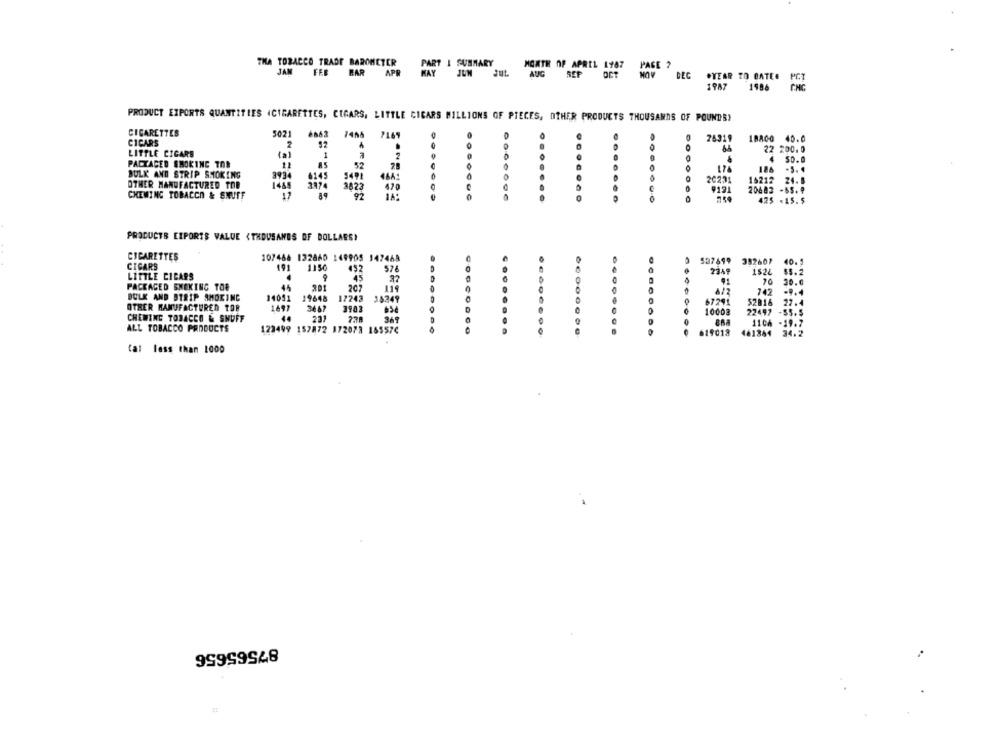
THA TOBACCO TRADE BAROMETER
PART I SUMMARY
MONTH OF APRIL 1987 PAGE ?
JAM FEB HAR APR
MAY JUN JUL AUG SEP OCT NOV DEG .YEAR TO BATEE
1987
PRODUCT EXPORTS QUANTITIES (CIGARETTES, CIGARS, LITTLE CICARS MILLIONS OF PIECES, OTHER PRODUCTS THOUSANDS OF POUNDS)
CIGARETTES
5021
6863
CICARS
7456 7169
26319
18800 40.0
22 200.0
LITTLE CIGARE
(a)
2
PACKAGED SMOKING TOR
85
52
4
50.0
11
174
126
-5. 4
BULK AND STRIP SMOKING
3934
4145
464:
16212
24.5
OTHER MANUFACTURED TOB
3474
3823
470
660
000006
9121
20482 -55.₽
CHEWING TOBACCO & SNUFF
17
89
92
..
425 -15.5
PRODUCTS EIPORTS VALUE <THOUSANDS OF DOLLARS)
CIGARETTES
107486 132860 149905 147468
CIGARS
191
1150
574
0
537699 382607
40.5
1524
LITTLE CICARS
45
20
29.0
PACKAGED SMOKING TOR
45
202
742
BULK AND BTRIP SMOKING
14051
17243
19648
15249
22.4
OTHER MANUFACTURED TOB
1697
3667
3903
22497 -55.5
CHEWING TOBACCO & SNUFF
201
1106 -19.7
ALL TOBACCO PRODUCTS
123499 157872 172078 185576
619018
34.2
tal less than 1000
87565656